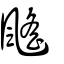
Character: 颻